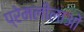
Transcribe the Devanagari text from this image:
प्रेमलीलाओं